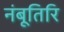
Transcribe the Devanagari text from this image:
नंबूतिरि